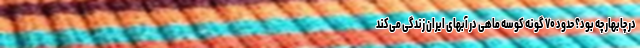
در چابهار چه بود؟ حدود ۷۰ گونه کوسه ماهی در آبهای ایران زندگی می‌کند